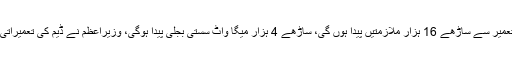
وزیراعظم کو بریفنگ میں بتایا گیا تھا کہ ڈیم کی تعمیر سے ساڑھے 16 ہزار ملازمتیں پیدا ہوں گی، ساڑھے 4 ہزار میگا واٹ سستی بجلی پیدا ہوگی، وزیراعظم نے ڈیم کی تعمیراتی سرگرمیاں فوری شروع کرنے کی ہدایت دی تھی۔